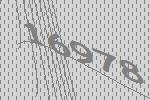
16978